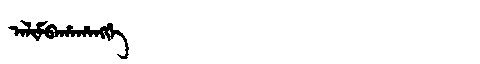
Manchu: ᠠᠯᡳᠮᠪᠠᡥᠠᡥᠠᠩᡤᡝ
Romanization: ALIMBAHAHANGGE